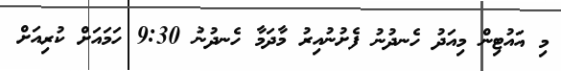
މި އައުޓިން މިއަދު ހެނދުނު ފެށުނުއިރު މާދަމާ ހެނދުނު 9:30 ހަމައަށް ކުރިއަށް